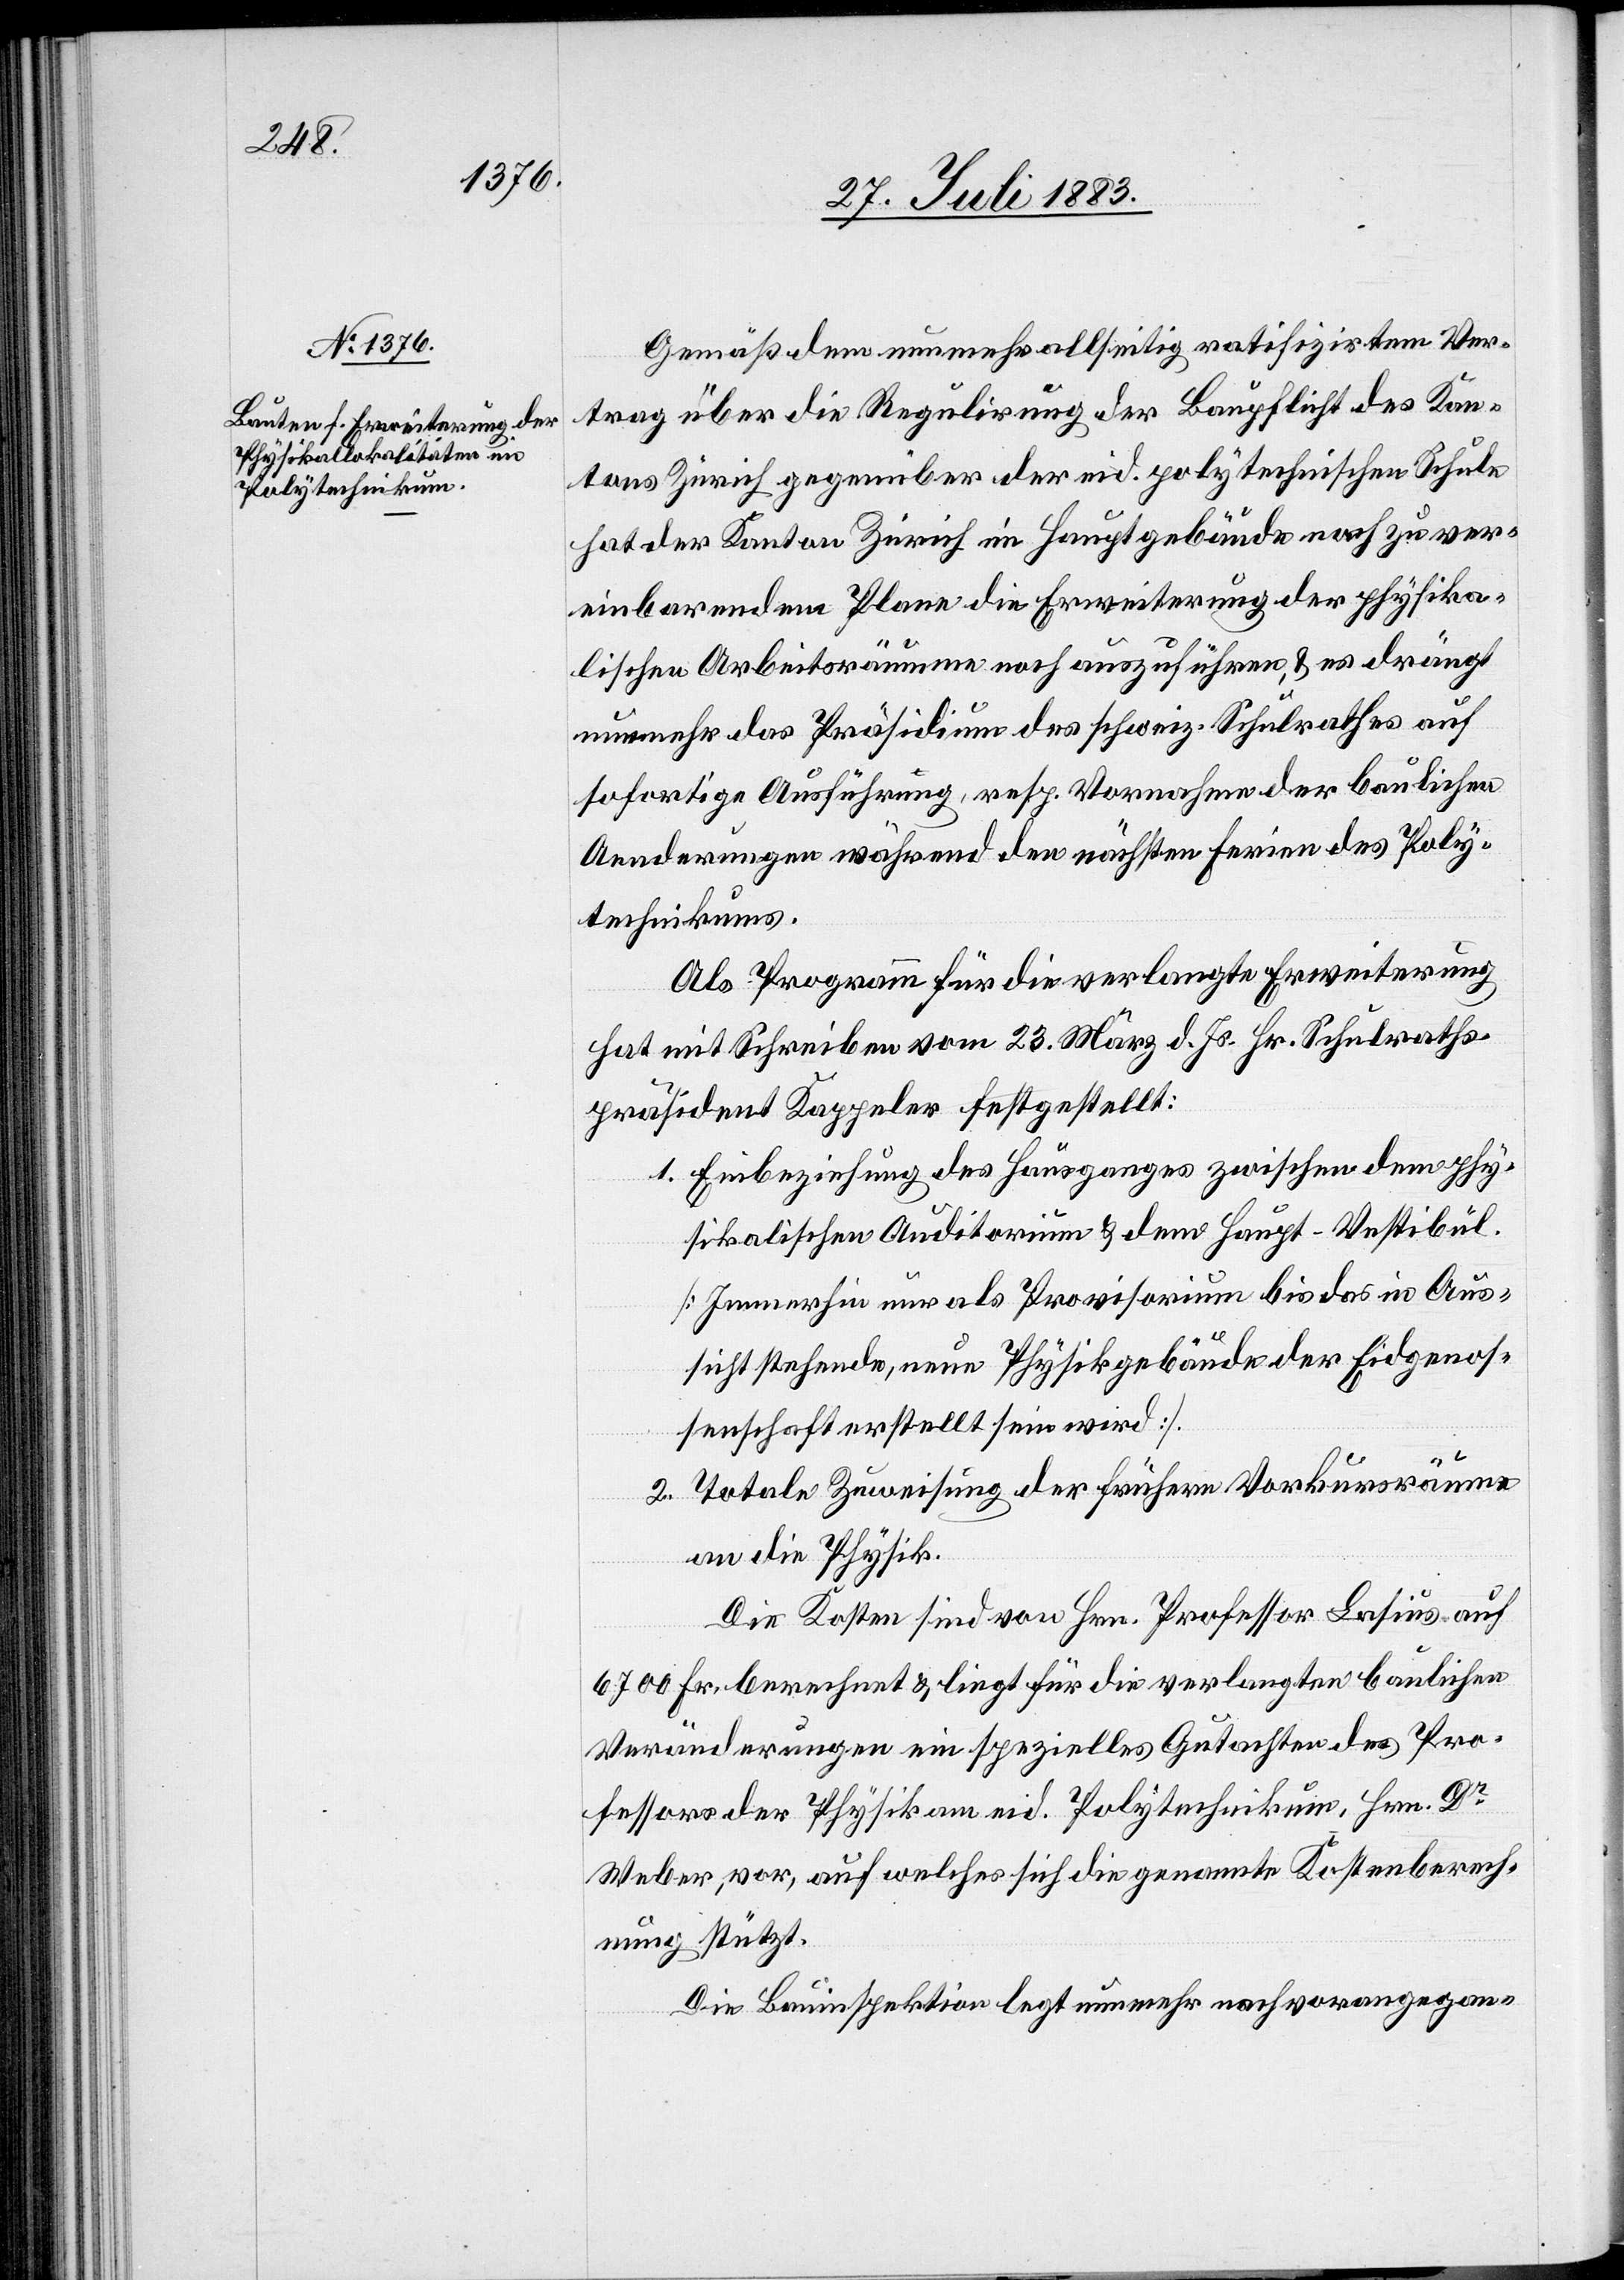
Gemäß dem nunmehr allseitig ratifizirten Ver¬
trag über die Regulirung der Baupflicht des Kan¬
tons Zürich gegenüber der eid. polytechnischen Schule
hat der Kanton Zürich im Hauptgebäude nach zu ver¬
einbarendem Plane die Erweiterung der physika¬
lischen Arbeitsräume noch auszuführen, & es drängt
nunmehr das Präsidium des schweiz. Schulrathes auf
sofortige Ausführung, resp. Vornahme der baulichen
Aenderungen während den nächsten Ferien des Poly¬
technikums.
Als Programm für die verlangte Erweiterung
hat mit Schreiben vom 23. März l. Js. Hr. Schulraths¬
präsident Kappeler festgestellt:
1. Einbeziehung des Hausganges zwischen dem phy¬
sikalischen Auditorium & dem Haupt-Vestibül
[Immerhin nur als Provisorium bis das in Aus¬
sicht stehende, neue Physikgebäude der Eidgenos¬
senschaft erstellt sein wird].
2. Totale Zuweisung der frühern Vorkursräume
an die Physik.
Die Kosten sind von Hrn. Professor Basius auf
6700 Fr. berechnet & liegt für die verlangten baulichen
Veränderungen ein spezielles Gutachten des Pro¬
fessors der Physik am eid. Polytechnikum, Hrn. Dr
Weber, vor, auf welches sich die genannte Kostenberech¬
nung stützt.
Die Bauinspektion legt nunmehr nach vorangegan-